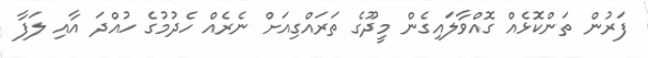
ފަރުން ތަންކޮޅެއް ގޮއްވާލައިގެން މީދޫގެ ތަރައްގިއަށް ނެރެއް ހެދުމުގެ ހުއްދަ އާއި ލަފާ